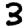
Digit: 3